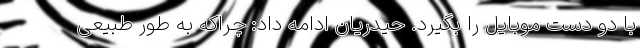
با دو دست موبایل را بگیرد. حیدریان ادامه داد: چراکه به طور طبیعی